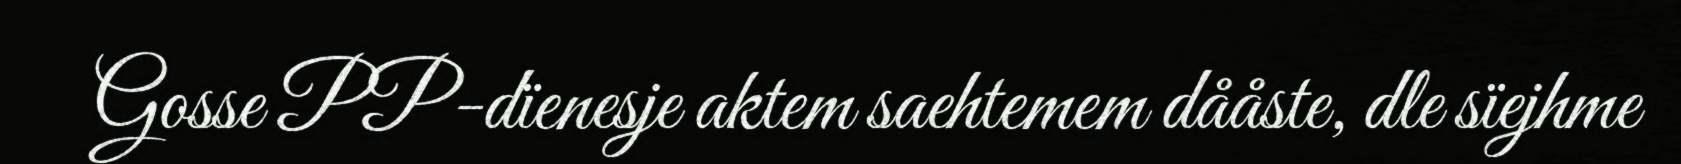
Gosse PP-dïenesje aktem saehtemem dååste, dle sïejhme